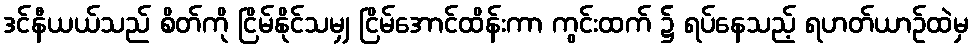
ဒင်နီယယ်သည် စိတ်ကို ငြိမ်နိုင်သမျှ ငြိမ်အောင်ထိန်းကာ ကွင်းထက် ၌ ရပ်နေသည့် ရဟတ်ယာဉ်ထဲမှ